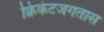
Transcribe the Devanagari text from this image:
क्रिकेटजगतास